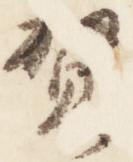
賀